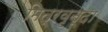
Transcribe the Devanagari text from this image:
मित्रवृन्दा